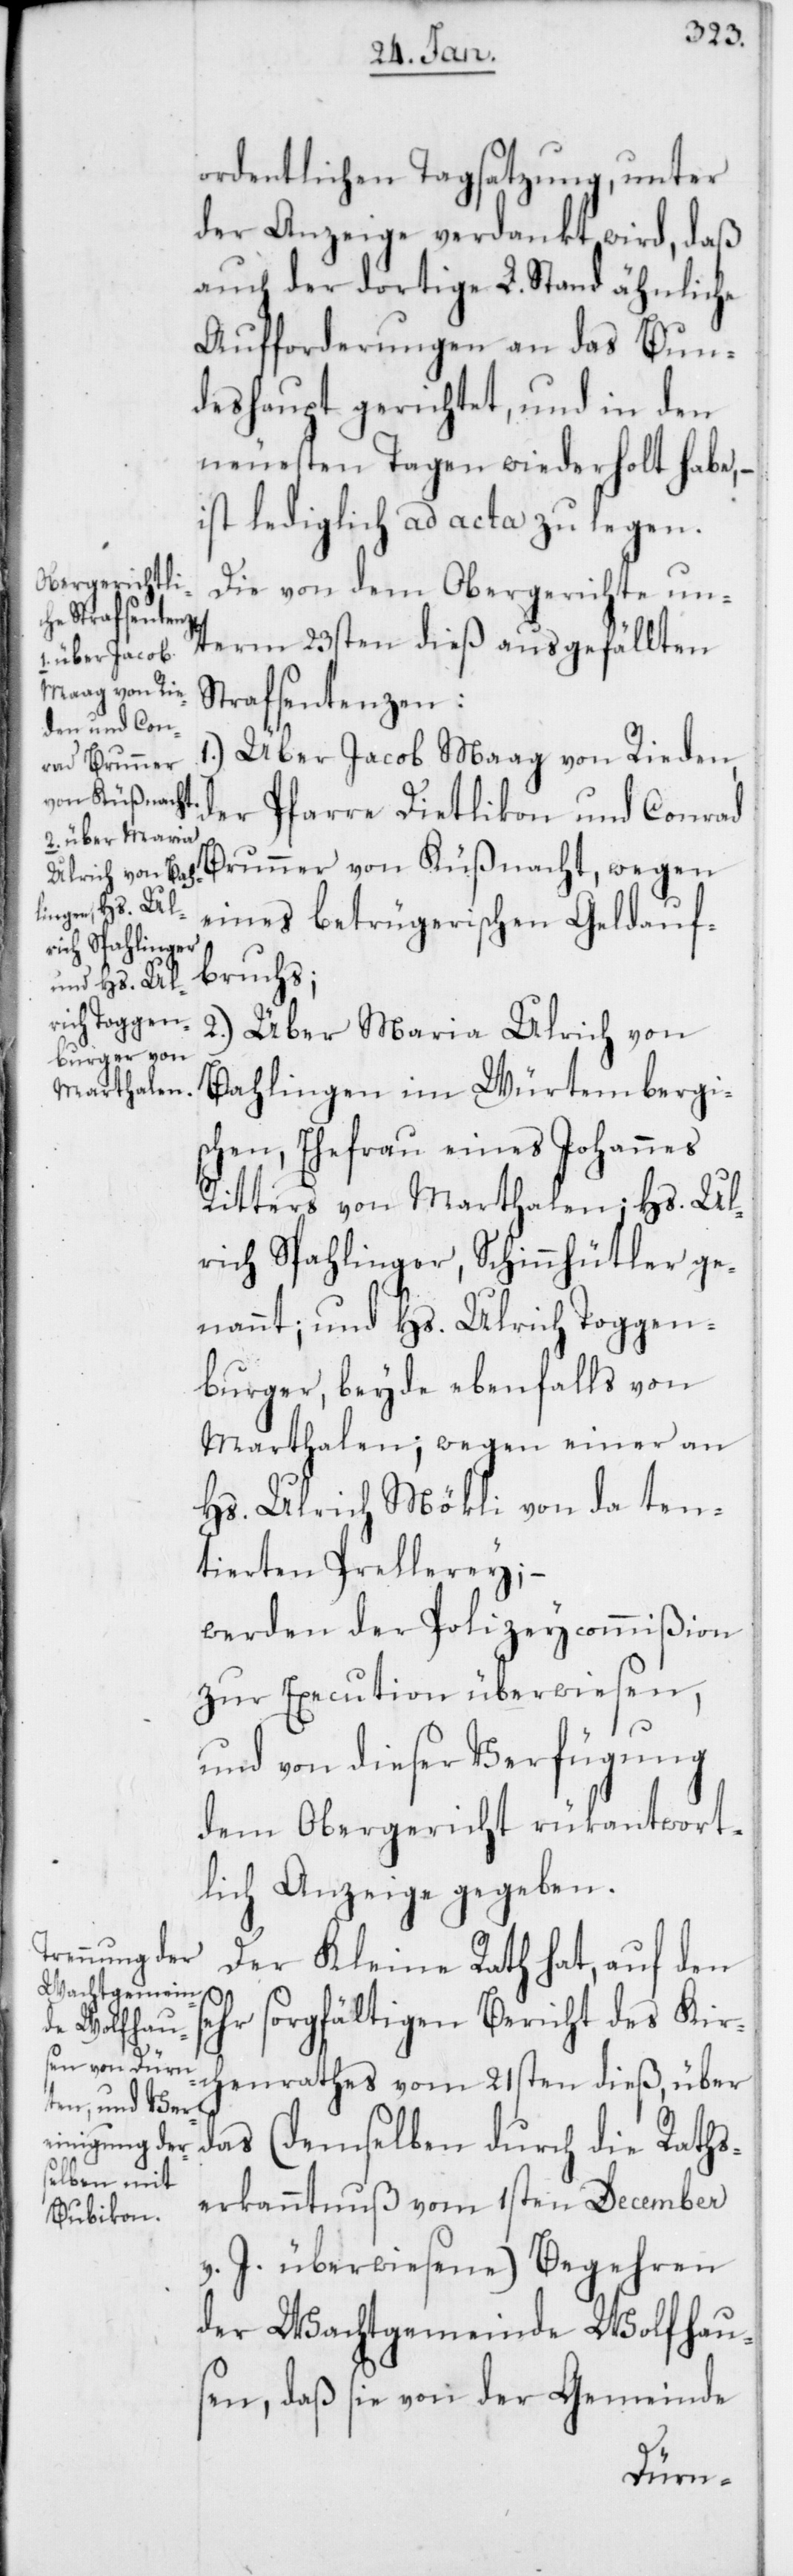
ordentlichen Tagsatzung, unter
der Anzeige verdankt wird, daß
auch der dortige L. Stand ähnliche
Aufforderungen an das Bun¬
deshaupt gerichtet, und in den
neuesten Tagen wiederholt habe,
ist lediglich ad acta zu legen.
Die von dem Obergerichte un¬
term 23sten dieß ausgefällten
Strafsentenzen:
1.) Über Jacob Maag von Rieden,
der Pfarre Dietlikon und Conrad
Brunner von Küßnacht, wegen
eines betrügerischen Geldauf¬
bruchs;
2.) Über Maria Ulrich von
Bahlingen im Würtembergi¬
schen, Ehefrau eines Johannes
Ritters von Marthalen; Hs. Ul¬
rich Spahlinger, Schinnhütler ge¬
nannt; und Hs. Ulrich Toggen¬
burger, beyde ebenfalls von
Marthalen; wegen einer an
Hs. Ulrich Mökli von da ten¬
tierten Prellerey; –
werden der Polizeycommißion
zur Execution überwiesen,
und von dieser Verfügung
dem Obergericht rükantwort¬
lich Anzeige gegeben.
Der Kleine Rath hat, auf den
hr sorgfältigen Bericht des Kirc¬
henrathes vom 21sten dieß, über
das (demselben durch die Raths¬
erkanntnuß vom 1sten December
v. J. überwiesene) Begehren
der Wachtgemeinde Wolfhau¬
sen, daß sie von der Gemeinde
se¬